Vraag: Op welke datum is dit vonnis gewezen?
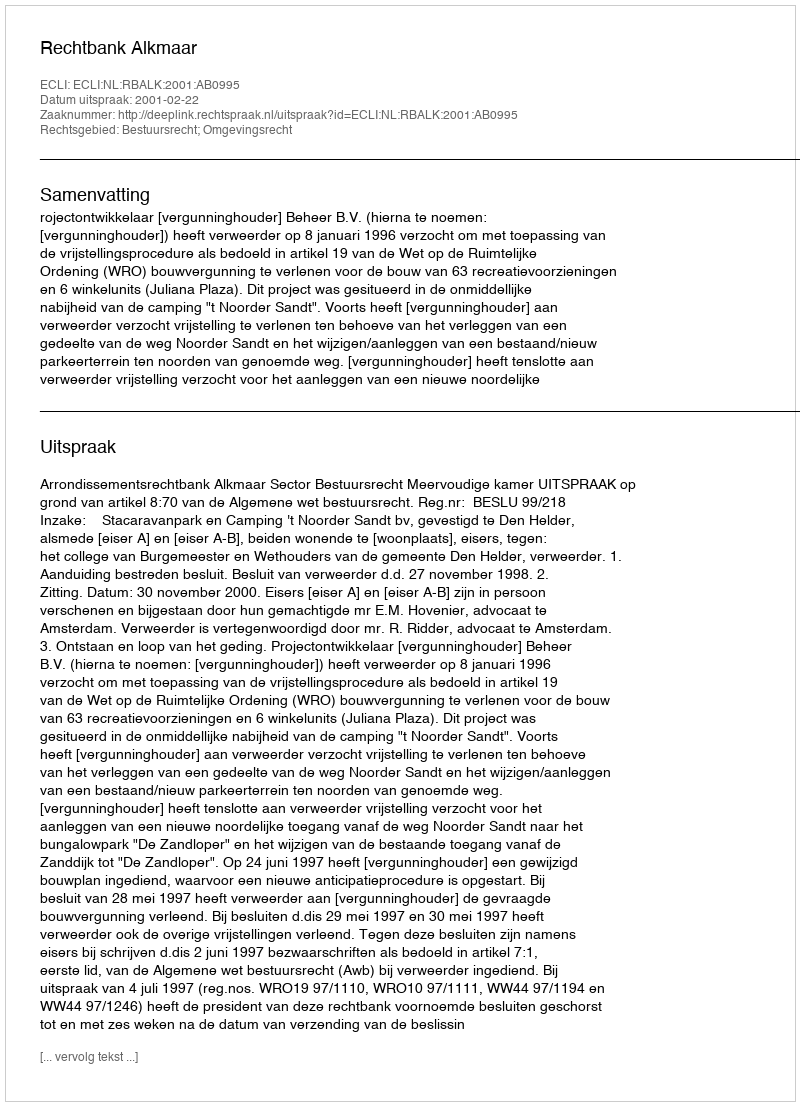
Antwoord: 2001-02-22